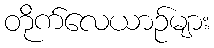
တိုက်လေယာဉ်များ